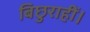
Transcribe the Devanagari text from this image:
बिछुराहीं।